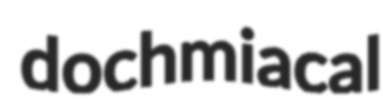
dochmiacal